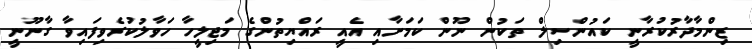
ޒިންމާދާރުކުރާނީ ކައުންސިލް ތަކުން ނޫން ކަމަށާއި އެއީ ރައްޔިތުންގެ މަޖިލީހާ ހަވާލުކުރެވިފައިވާ ގާނޫނީ